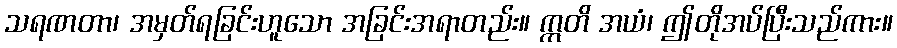
သရဏတာ၊ အမှတ်ရခြင်းဟူသော အခြင်းအရာတည်း။ ဣတိ အယံ၊ ဤတိုအပ်ပြီးသည်ကား။